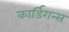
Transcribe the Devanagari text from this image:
कार्डिगन्स